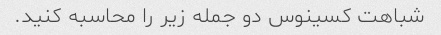
شباهت کسینوس دو جمله زیر را محاسبه کنید.